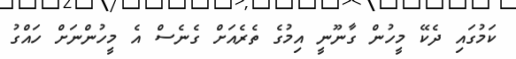
ކަމުގައި ދެކޭ މީހުން ގާނޫނީ އިމުގެ ތެރެއަށް ގެނެސް އެ މީހުންނަށް ހައްގު